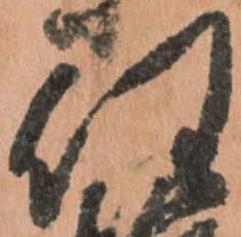
任